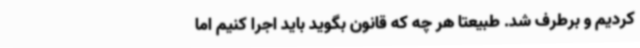
کردیم و برطرف شد. طبیعتاً هر چه که قانون بگوید باید اجرا کنیم اما